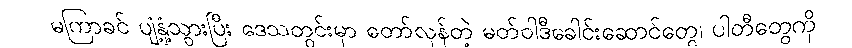
မကြာခင် ပျံ့နှံ့သွားပြီး ဒေသတွင်းမှာ တော်လှန်တဲ့ မတ်ဝါဒီခေါင်းဆောင်တွေ၊ ပါတီတွေကို